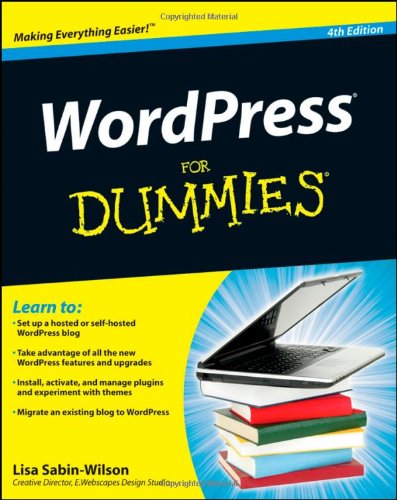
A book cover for WordPress For Dummies, 4th Edition; Lisa Sabin-Wilson; Computers & Technology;